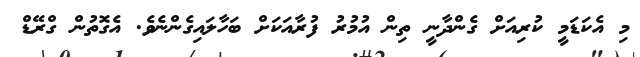
މި އެކަޑަމީ ކުރިއަށް ގެންދާނީ ތިން އުމުރު ފުރާއަކަށް ބަހާލައިގެންނެވެ. އެގޮތުން ގްރޭޑް